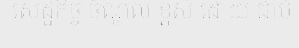
សេដ្ឋកិច្ច ចំណូល ខ្ពស់ ដោយ ជាប់